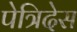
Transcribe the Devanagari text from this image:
पेत्रिदेस